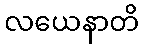
လယေနာတိ